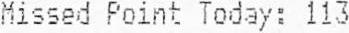
MISSED POINT TODAY: 113